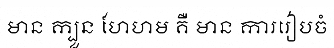
មាន ក្បួន ហែហម គឺ មាន ការរៀបចំ